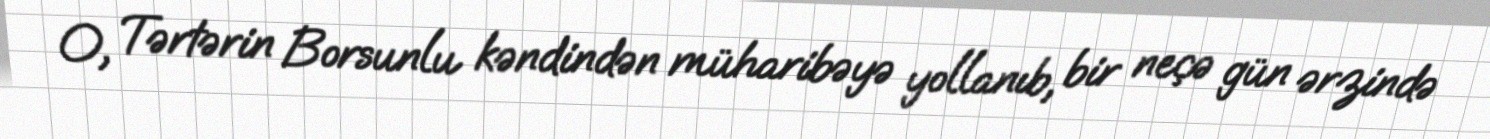
O, Tərtərin Borsunlu kəndindən müharibəyə yollanıb, bir neçə gün ərzində